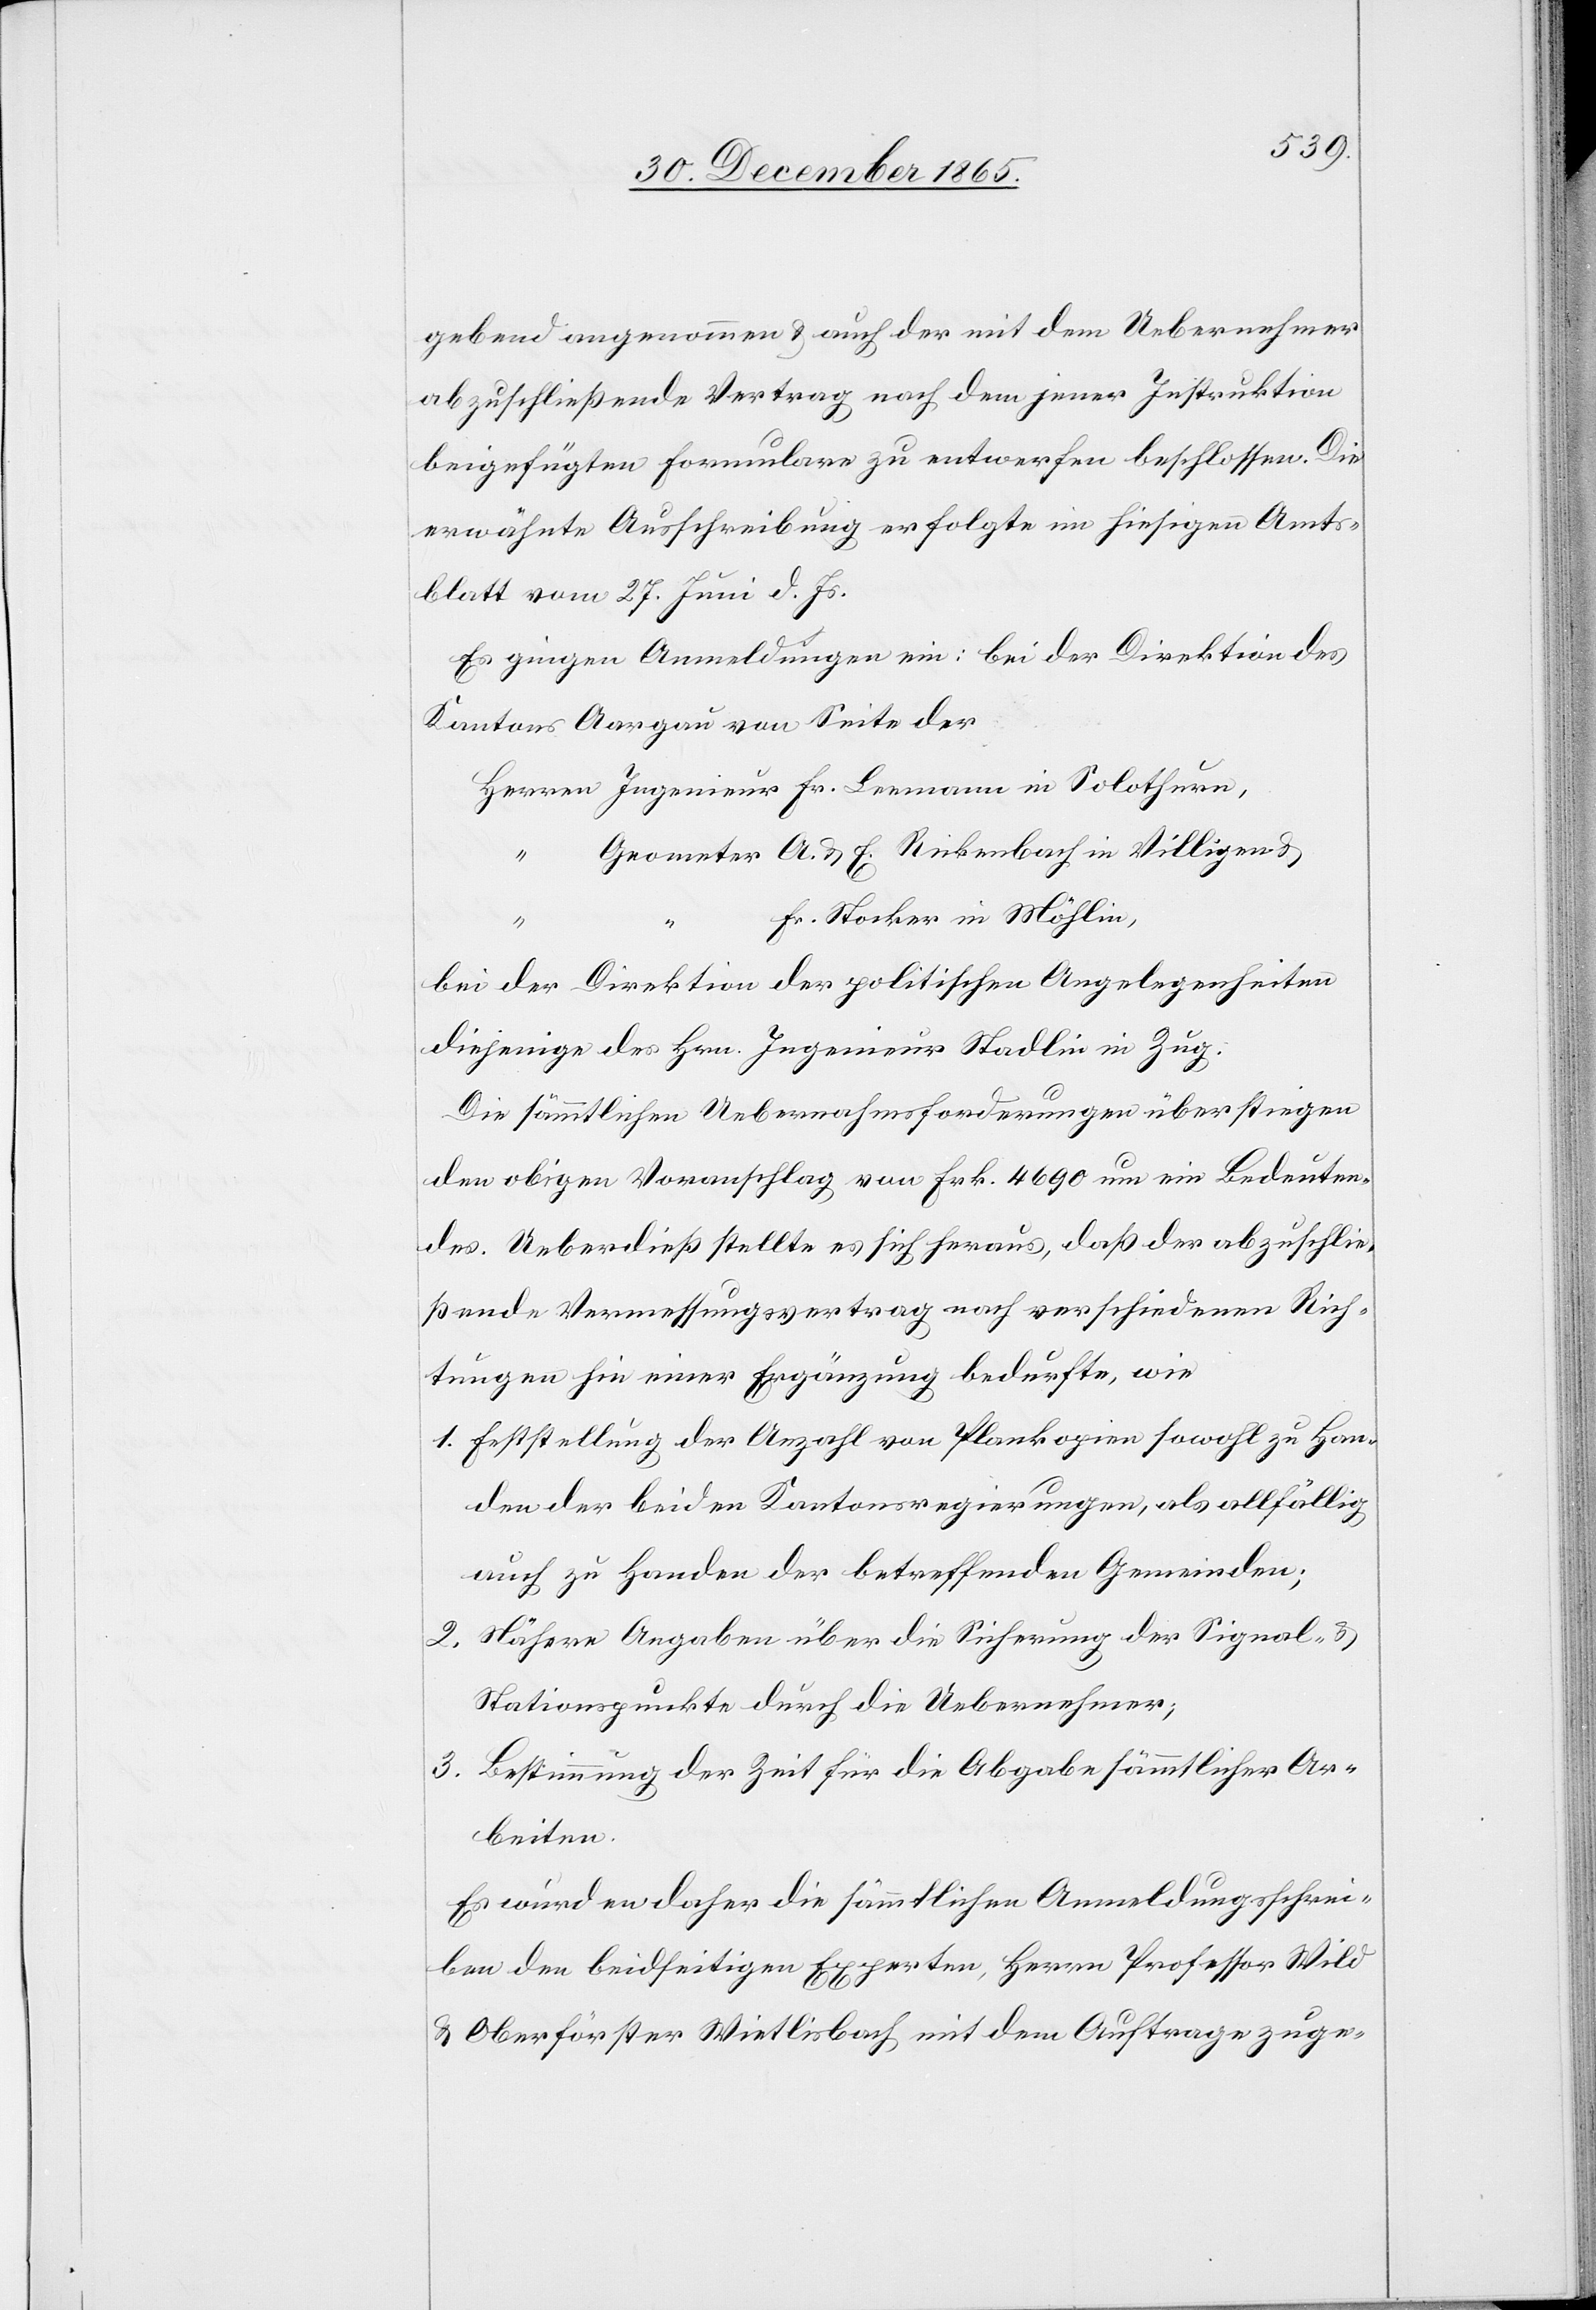
gebend angenommen & auch der mit dem Uebernehmer
abzuschließende Vertrag nach dem jener Instruktion
beigefügten Formulare zu entwerfen beschlossen. Die
erwähnte Ausschreibung erfolgte im hiesigen Amts¬
blatt vom 27. Juni d. Js.
Es gingen Anmeldungen ein: bei der Direktion des
Kantons Aargau von Seite der
“
Fr. Stocker in Möhlin,
bei der Direktion der politischen Angelegenheiten
diejenige des Hrn. Ingenieur Stadlin in Zug.
Die sämmtlichen Uebernahmsforderungen überstiegen
den obigen Voranschlag von Frk. 4690 um ein Bedeuten¬
des. Ueberdieß stellte es sich heraus, daß der abzuschlie¬
ßende Vermessungsvertrag nach verschiedenen Rich¬
tungen hin einer Ergänzung bedurfte, wie
1. Feststellung der Anzahl von Plankopien sowohl zu Han¬
den der beiden Kantonsregierungen, als allfällig
auch zu Handen der betreffenden Gemeinden;
2. Nähere Angaben über die Sicherung der Signal- &
Stationspunkte durch die Uebernehmer;
3. Bestimmung der Zeit für die Abgabe sämmtlicher Ar¬
beiten.
Es wurden daher die sämmtlichen Anmeldungsschrei¬
ben den beidseitigen Experten, Herrn Professor Wild
& Oberförster Wietlisbach mit dem Auftrage zuge-